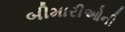
બીમારીઓની